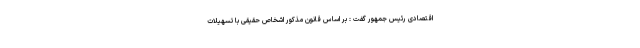
اقتصادی رئیس جمهور گفت : بر اساس قانون مذکور اشخاص حقیقی با تسهیلات